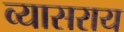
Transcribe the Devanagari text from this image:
व्यासराय